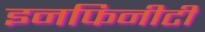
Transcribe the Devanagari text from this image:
इनफिनीटी